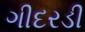
ગીદરડી